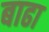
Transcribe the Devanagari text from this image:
बाढा